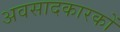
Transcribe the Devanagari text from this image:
अवसादकारकों